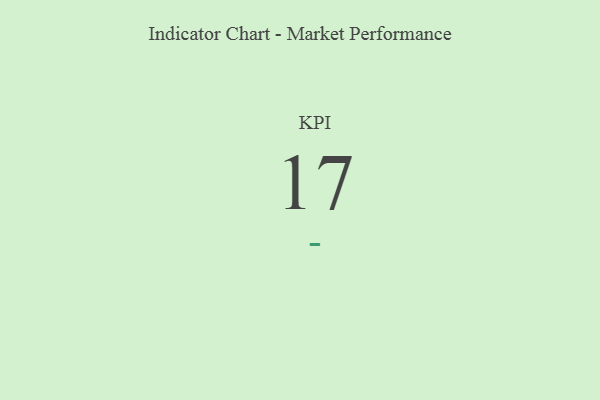
{"axis": {"x": "KPI", "y": "Value"}, "legend": [""], "data": [{"x": "KPI", "y": 17, "type": ""}]}